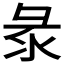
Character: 𢑗